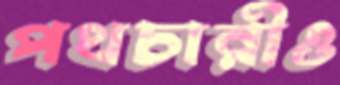
পথচারীও